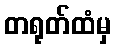
တရုတ်ထံမှ